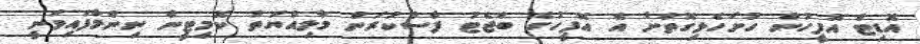
އޮޑިޓް އޮފީހުން ހުށަހެޅިގޮތަށް އެ އޮފީހުގެ ބަޖެޓު ފާސްކުރަން މާލިއްޔަތު ކޮމިޓީން ނިންމާފައިވަނީ